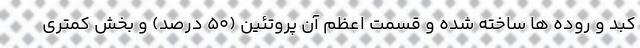
کبد و روده ها ساخته شده و قسمت اعظم آن پروتئین (50 درصد) و بخش کمتری